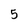
Character: 5